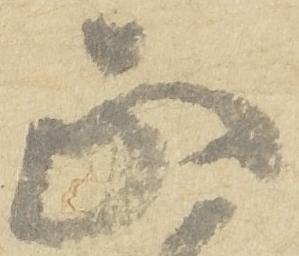
正